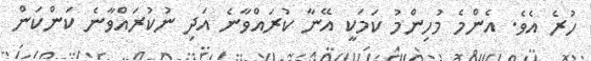
ހުރެ އެވެ. އެންމެ މުހިންމު ކަމަކީ އޭނާ ކުރައްވާނެ އަދި ނުކުރައްވާނެ ކަންކަން